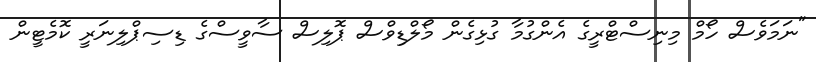
"ނަމަވެސް ހޯމް މިނިސްޓްރީގެ އެންގުމާ ގުޅިގެން މޯލްޑިވްސް ޕޮލިސް ސާވީސްގެ ޑިސިޕްލިނަރީ ކޮމެޓީން